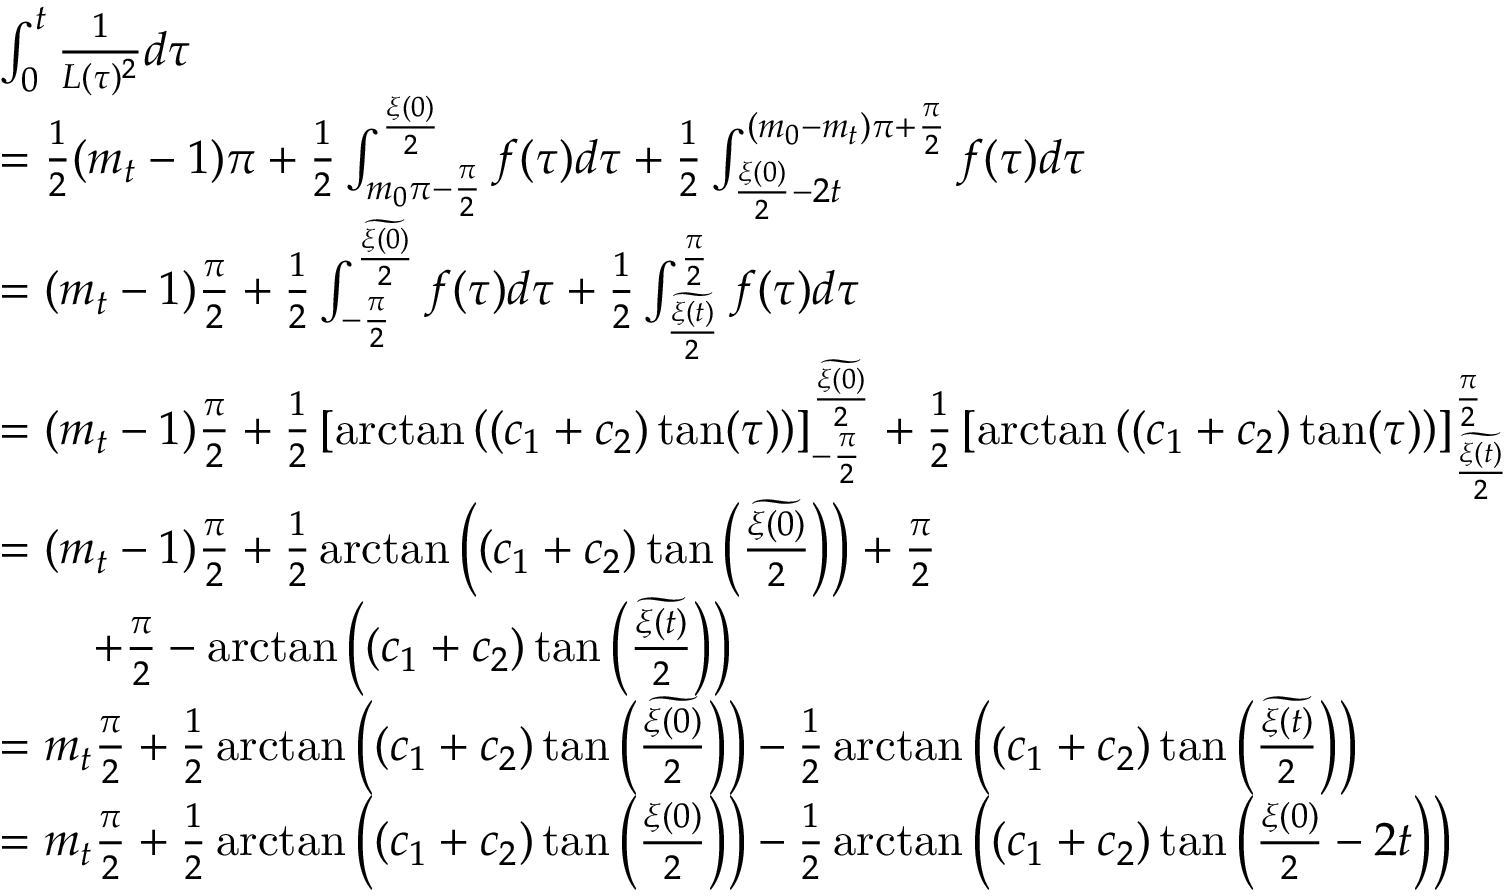
\begin{array} { r l } & { \int _ { 0 } ^ { t } \frac { 1 } { L ( \tau ) ^ { 2 } } d \tau } \\ & { = \frac { 1 } { 2 } ( m _ { t } - 1 ) \pi + \frac { 1 } { 2 } \int _ { m _ { 0 } \pi - \frac { \pi } { 2 } } ^ { \frac { \xi ( 0 ) } { 2 } } f ( \tau ) d \tau + \frac { 1 } { 2 } \int _ { \frac { \xi ( 0 ) } { 2 } - 2 t } ^ { ( m _ { 0 } - m _ { t } ) \pi + \frac { \pi } { 2 } } f ( \tau ) d \tau } \\ & { = ( m _ { t } - 1 ) \frac { \pi } { 2 } + \frac { 1 } { 2 } \int _ { - \frac { \pi } { 2 } } ^ { \frac { \widetilde { \xi ( 0 ) } } { 2 } } f ( \tau ) d \tau + \frac { 1 } { 2 } \int _ { \frac { \widetilde { \xi ( t ) } } { 2 } } ^ { \frac { \pi } { 2 } } f ( \tau ) d \tau } \\ & { = ( m _ { t } - 1 ) \frac { \pi } { 2 } + \frac { 1 } { 2 } \left[ \arctan \left( ( c _ { 1 } + c _ { 2 } ) \tan ( \tau ) \right) \right] _ { - \frac { \pi } { 2 } } ^ { \frac { \widetilde { \xi ( 0 ) } } { 2 } } + \frac { 1 } { 2 } \left[ \arctan \left( ( c _ { 1 } + c _ { 2 } ) \tan ( \tau ) \right) \right] _ { \frac { \widetilde { \xi ( t ) } } { 2 } } ^ { \frac { \pi } { 2 } } } \\ & { = ( m _ { t } - 1 ) \frac { \pi } { 2 } + \frac { 1 } { 2 } \arctan \left( ( c _ { 1 } + c _ { 2 } ) \tan \left( \frac { \widetilde { \xi ( 0 ) } } { 2 } \right) \right) + \frac { \pi } { 2 } } \\ & { \qquad + \frac { \pi } { 2 } - \arctan \left( ( c _ { 1 } + c _ { 2 } ) \tan \left( \frac { \widetilde { \xi ( t ) } } { 2 } \right) \right) } \\ & { = m _ { t } \frac { \pi } { 2 } + \frac { 1 } { 2 } \arctan \left( ( c _ { 1 } + c _ { 2 } ) \tan \left( \frac { \widetilde { \xi ( 0 ) } } { 2 } \right) \right) - \frac { 1 } { 2 } \arctan \left( ( c _ { 1 } + c _ { 2 } ) \tan \left( \frac { \widetilde { \xi ( t ) } } { 2 } \right) \right) } \\ & { = m _ { t } \frac { \pi } { 2 } + \frac { 1 } { 2 } \arctan \left( ( c _ { 1 } + c _ { 2 } ) \tan \left( \frac { \xi ( 0 ) } { 2 } \right) \right) - \frac { 1 } { 2 } \arctan \left( ( c _ { 1 } + c _ { 2 } ) \tan \left( \frac { \xi ( 0 ) } { 2 } - 2 t \right) \right) } \end{array}